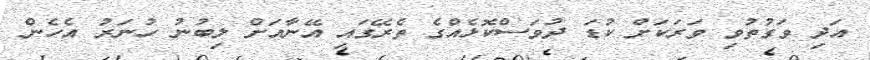
އަދި ވަގުތުވި ވަރަކަށް ކުޑަ ދުވަސްކޮޅެއްގެ ތެރޭގައި އޭނާއަށް ލިބުނު ހުނަރު އެހެން